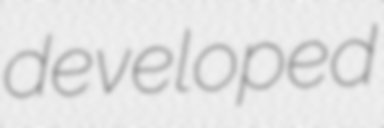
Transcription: developed